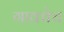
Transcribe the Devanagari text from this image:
गावचेच